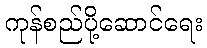
ကုန်စည်ပို့ဆောင်ရေး